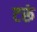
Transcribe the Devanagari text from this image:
टरूं